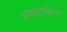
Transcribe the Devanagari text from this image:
अंडरटेकिंग्स